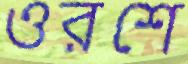
ওরশে